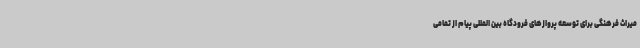
میراث فرهنگی برای توسعه پروازهای فرودگاه بین المللی پیام از تمامی